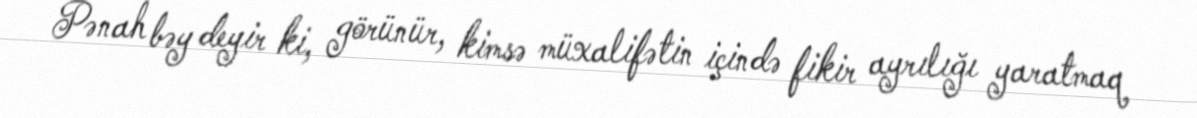
Pənah bəy deyir ki, görünür, kimsə müxalifətin içində fikir ayrılığı yaratmaq